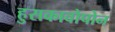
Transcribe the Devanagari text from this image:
हुसकावोपोन